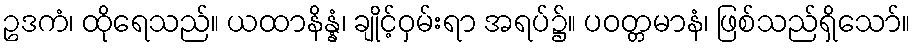
ဥဒကံ၊ ထိုရေသည်။ ယထာနိန္နံ၊ ချိုင့်ဝှမ်းရာ အရပ်၌။ ပဝတ္တမာနံ၊ ဖြစ်သည်ရှိသော်။